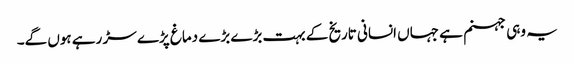
یہ وہی جہنم ہے جہاں انسانی تاریخ کے بہت بڑے بڑے دماغ پڑے سڑ رہے ہوں گے۔